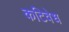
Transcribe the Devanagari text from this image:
कटिवेध